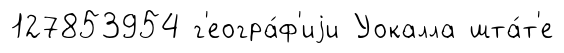
127853954 г'еогра́ф'иjи Уокалла шта́т'е